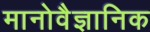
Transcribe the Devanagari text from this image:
मानोवैज्ञानिक